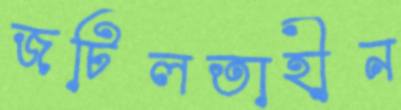
জটিলতাহীন